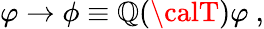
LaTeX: \varphi\to\phi\equiv\mathbb{Q}({\calT})\varphi~,